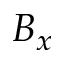
B _ { x }